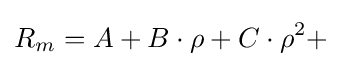
R_{m}=A+B\cdot \rho +C\cdot \rho ^{2}+